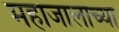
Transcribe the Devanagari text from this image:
महाजालाच्या